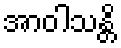
အာဝါသန္တိ